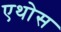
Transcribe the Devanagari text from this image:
एथोस